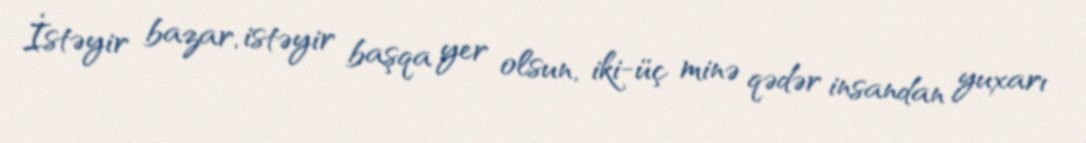
İstəyir bazar, istəyir başqa yer olsun, iki-üç minə qədər insandan yuxarı